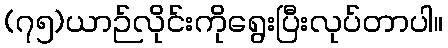
(၇၅)ယာဉ်လိုင်းကိုရွေးပြီးလုပ်တာပါ။